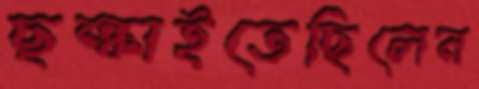
ছল্‌কাইতেছিলেন